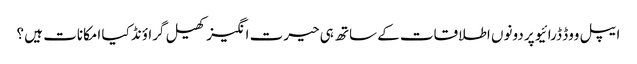
ایپل ووڈ ڈرائیو پر دونوں اطلاقات کے ساتھ ہی حیرت انگیز کھیل گراؤنڈ کیا امکانات ہیں ؟